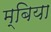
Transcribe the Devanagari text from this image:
म्बिया